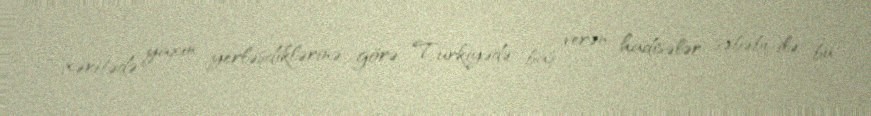
xəritədə yaxın yerləşdiklərinə görə, Türkiyədə baş verən hadisələr səbəbi ilə bu